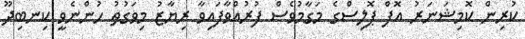
ކުރިން ކޮމިޝަނަރު އޮފް ޕޮޮލިސްގެ މަގާމުވެސް ފުރުއްވާފައިވާ ރިޔާޒު މިވަގުތު ހުންނެވީ ކިނބިދޫ